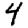
Digit: 4